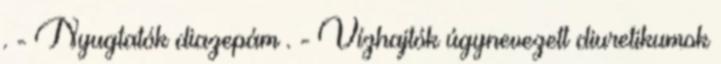
. - Nyugtatók diazepám . - Vízhajtók úgynevezett diuretikumok